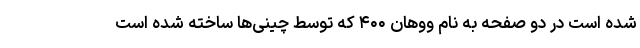
شده است در دو صفحه به نام ووهان ۴۰۰ که توسط چینی‌ها ساخته شده است